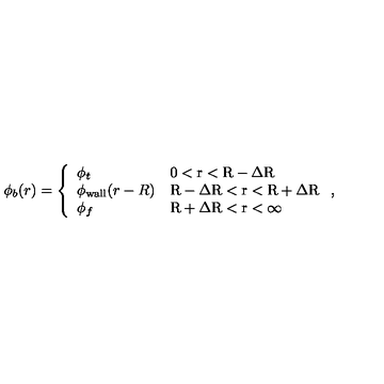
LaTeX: \phi _ { b } ( r ) = \left\{ \begin{array} { l l } { \phi _ { t } } & { \mathrm { 0 < r < R - \Delta R } } \\ { \phi _ { \mathrm { w a l l } } ( r - R ) } & { \mathrm { R - \Delta R < r < R + \Delta R } } \\ { \phi _ { f } } & { \mathrm { R + \Delta R < r < \infty } } \\ \end{array} \right. ,